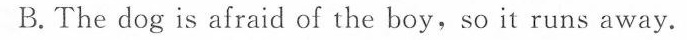
B.The dog is afraid of the boy,so it runs away.